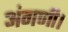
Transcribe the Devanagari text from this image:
अंगणी।